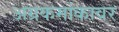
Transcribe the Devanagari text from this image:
अग्रकमांकावर